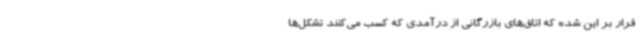
قرار بر این شده که اتاق‌های بازرگانی از درآمدی که کسب می‌کنند تشکل‌ها